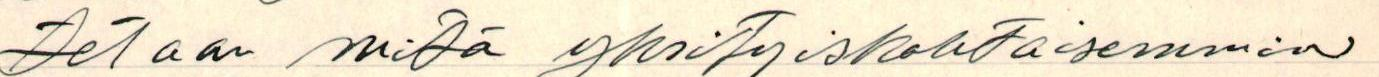
tetaan mitä yksityiskohtaisemmin